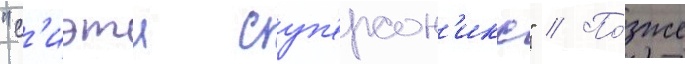
"с'иэтл суп'ерсон'икс" // По́зже